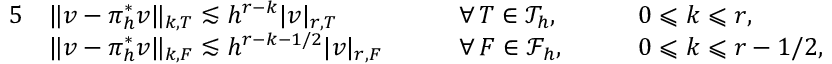
\begin{array} { r l r l r l } { { 5 } } & { \| v - \pi _ { h } ^ { * } v \| _ { k , T } \lesssim h ^ { r - k } | v | _ { r , T } } & & { \quad \forall \, T \in \mathcal { T } _ { h } , } & & { \quad 0 \leqslant k \leqslant r , } \\ & { \| v - \pi _ { h } ^ { * } v \| _ { k , F } \lesssim h ^ { r - k - 1 / 2 } | v | _ { r , F } } & & { \quad \forall \, F \in \mathcal { F } _ { h } , } & & { \quad 0 \leqslant k \leqslant r - 1 / 2 , } \end{array}